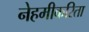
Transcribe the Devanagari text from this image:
नेहमीकरिता